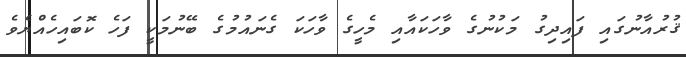
ޤުރުއާނުގައި ފައިދިގު މަކުނުގެ ވާހަކައާއި މެހީގެ ވާހަކަ ގެނައުމުގެ ބޭނުމަކީ ފަހެ ކޮބައިހެއްޔެވެ